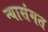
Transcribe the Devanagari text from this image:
न्यासंगत